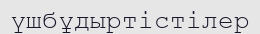
үшбұдыртістілер